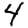
Digit: 4